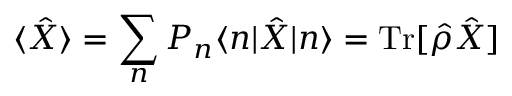
\langle \hat { X } \rangle = \sum _ { n } P _ { n } \langle n | \hat { X } | n \rangle = \mathrm { T r } [ \hat { \rho } \hat { X } ]